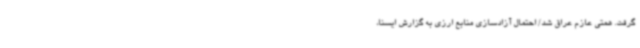
گرفت. همتی عازم عراق شد/ احتمال آزادسازی منابع ارزی به گزارش ایسنا،